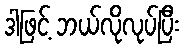
ဒါဖြင့် ဘယ်လိုလုပ်ပြီး